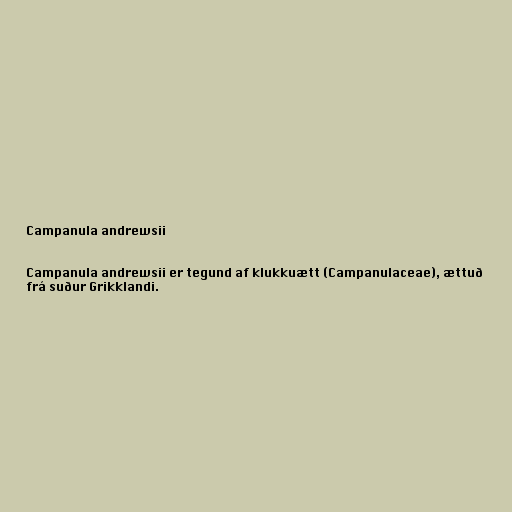
Campanula andrewsii

Campanula andrewsii er tegund af klukkuætt (Campanulaceae), ættuð
frá suður Grikklandi.